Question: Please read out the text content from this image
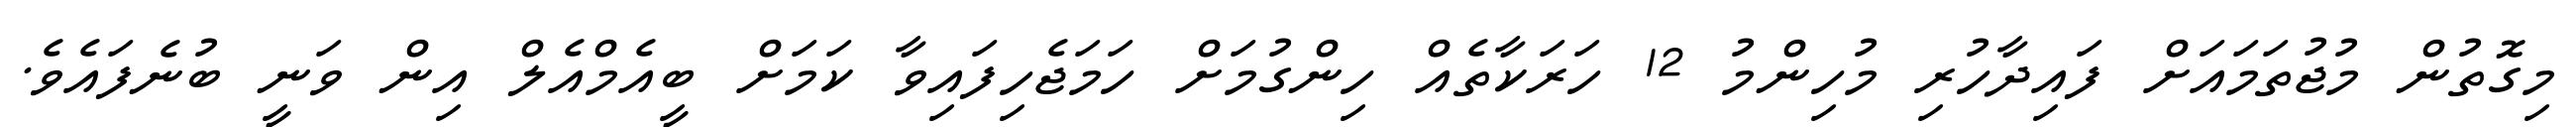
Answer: މިގޮތުން މުޖުތަމައަށް ފައިދާހުރި މުހިންމު 12 ހަރަކާތެއް ހިންގުމަށް ހަމަޖެހިފައިވާ ކަމަށް ބީއެމްއެލް އިން ވަނީ ބުނެފައެވެ.